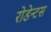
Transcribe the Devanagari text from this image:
रोडेन्टस